Epidemic dropsy in Calcutta - Number 49
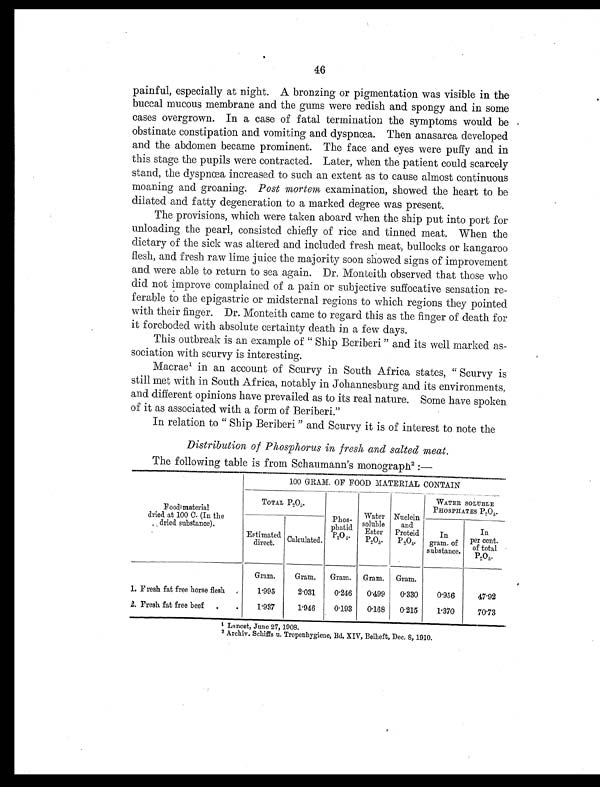
46
painful, especially at night. A bronzing or pigmentation was visible in the
buccal mucous membrane and the gums were redish and spongy and in some
cases overgrown. In a case of fatal termination the symptoms would be
obstinate constipation and vomiting and dyspnœa. Then anasarca developed
and the abdomen became prominent. The face and eyes were puffy and in
this stage the pupils were contracted. Later, when the patient could scarcely
stand, the dyspnœa increased to such an extent as to cause almost continuous
moaning and groaning. Post mortem examination, showed the heart to be
dilated and fatty degeneration to a marked degree was present.
The provisions, which were taken aboard when the ship put into port for
unloading the pearl, consisted chiefly of rice and tinned meat. When the
dietary of the sick was altered and included fresh meat, bullocks or kangaroo
flesh, and fresh raw lime juice the majority soon showed signs of improvement
and were able to return to sea again. Dr. Monteith observed that those who
did not improve complained of a pain or subjective suffocative sensation re-
ferable to the epigastric or midsternal regions to which regions they pointed
with their finger. Dr. Monteith came to regard this as the finger of death for
it foreboded with absolute certainty death in a few days.
This outbreak is an example of "Ship Beriberi" and its well marked as
-sociation with scurvy is interesting.
Macrae1 i n a n a c c o u n t o f S c u r v y i n S o u t h A f r i c a s t a t e s , " S c u r v y i s
still met with in South Africa, notably in Johannesburg and its environments,
and different opinions have prevailed as to its real nature. Some have spoken
of it as associated with a form of Beriberi."
In relation to " Ship Beriberi " and Scurvy it is of interest to note the
Distribution of Phosphorus in fresh and salted meat.
The following table is from Schaumann's monograph2:—
FoodImaterial
dried at 100 C. (In the
dried substance).
__100 GRAM. OF FOOD MATERIAL CONTAIN
TOTAL P203.
Phos-
phatid
P2 O 5
Water
soluble
Ester
P2O5.
N u c l e i n
and
Proteid
P2O5.
- . - ---
WATER SOLUBLE
PHOSPHATES P205.
E Estimated
direct. Calculated.
In
gram. of
substance.
In
per cent.
of total
P2O5.
Gram.
Gram.
Gram. Gram. Gram.
1. Fresh fat free horse flesh .
1'995
2031
0.246
0.499
0.330
0.956
47.92
2. Fresh fat free beef ,
.
1'937
1946
0193
0168
0215
1.370
70.73
1
L a n c e t , J u n e 2 7 , 1 9 0 8 .
2 Archiv. Schiffs u. Tropenhygiene, Bd. XIV, Beiheft, Dec. 8, 1910.